Lunatic asylums Madras 1892-1911 - 1892-1911
Year: 1892
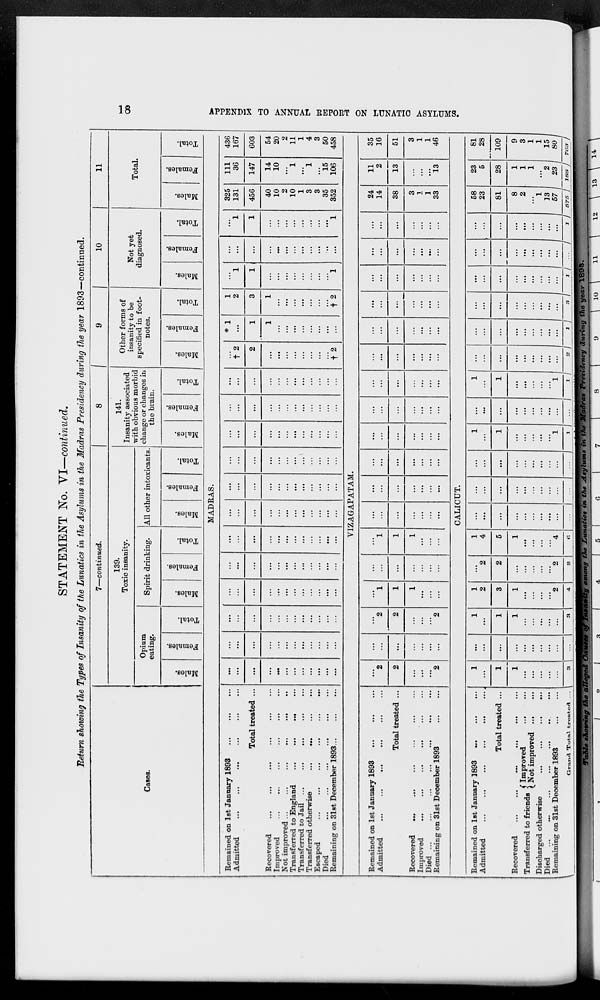
18
APPENDIX TO ANNUAL REPORT ON LUNATIC ASYLUMS.
STATEMENT No. VI—continued.
Return showing the Types of Insanity of the Lunatics in the Asylums in the Madras Presidency during the year 1893—continued.
Cases.
7—continued.
139.
Toxic insanity.
Opium
eating.
Males.
Females.
Total.
Spirit drinking.
Males.
Females.
Total.
All other intoxicants
Males.
Females.
Total.
8
141.
Insanity associated
with obvious morbid
change or changes in
the brain.
Males.
Females.
Total.
9
Other forms of
insanity to be
specified in foot-
notes.
Males.
Females.
Total.
10
Not yet
diagnosed.
Males.
Females.
Total.
11
Total.
Males.
Females.
Total.
MADRAS.
Remained on 1st January 1893
...
...
...
Admitted ... ... ... ... ... ...
Total treated ...
Recovered ... ... ... ... ... ...
Improved ... ... ... ... ... ...
Not improved ... ... ... ... ... ...
Transferred to England ... ... ... ...
Transferred to Jail ... ... ... ... ...
Transferred otherwise
...
...
...
...
Escaped
...
...
...
...
...
...
Died ... ... ... ... ... ...
Remaining on 31st December 1893
...
...
...
...
...
...
...
...
...
...
...
...
...
...
...
...
...
...
...
...
...
...
...
...
...
...
...
...
...
...
...
...
...
...
...
...
...
...
...
...
...
...
...
...
...
...
...
...
...
...
...
...
...
...
...
...
...
...
...
...
...
...
...
...
...
...
...
...
...
...
...
...
...
...
...
...
...
...
...
...
...
...
...
...
...
...
...
...
...
...
...
...
...
...
...
...
...
...
...
...
...
...
...
...
...
...
...
...
...
...
...
...
...
...
...
...
...
...
...
...
...
...
...
...
...
...
...
...
...
...
...
...
...
...
...
...
...
...
...
...
...
...
...
...
...
...
...
...
† 2
2
...
...
...
...
...
...
...
...
† 2
* 1
...
1
1
...
...
...
...
...
...
...
...
1
2
3
1
...
...
...
...
...
...
...
† 2
...
1
1
...
...
...
...
...
...
...
...
1
...
...
...
...
...
...
...
...
...
...
...
...
...
1
1
...
...
...
...
...
...
...
...
1
325
131
456
40
10
2
10
1
3
3
35
352
111
36
147
14
10
...
1
...
1
...
15
106
436
167
603
54
20
2
11
1
4
3
50
458
VIZAGAPATAM.
Remained on 1st January 1893
...
...
...
Admitted ... ... ... ... ... ...
Total treated ...
Recovered
...
...
...
...
...
...
Improved ... ... ... ... ... ...
Died ... ... ... ... ... ... ...
Remaining on 31st December 1893
...
...
...
2
2
...
...
...
2
...
...
...
...
...
...
...
...
2
2
...
...
...
2
...
1
1
1
...
...
...
...
...
...
...
...
...
...
...
1
1
1
...
...
...
...
...
...
...
...
...
...
...
...
...
...
...
...
...
...
...
...
...
...
...
...
...
...
...
...
...
...
...
...
...
...
...
...
...
...
...
...
...
...
...
...
...
...
...
...
...
...
...
...
...
...
...
...
...
...
...
...
...
...
...
...
...
...
...
...
...
...
...
...
...
...
...
...
...
...
...
...
...
...
...
...
...
...
...
24
14
38
3
1
1
33
11
2
13
...
...
...
13
35
16
51
3
1
1
46
CALICUT.
Remained on 1st January 1893 ... ... ...
Admitted
...
...
...
...
...
...
Total treated ...
Recovered
...
...
...
...
...
...
Transferred to friends Improved
...
...
Not improved
...
...
Discharged otherwise
...
...
...
...
Died
...
...
...
...
...
...
Remaining on 31st December 1893 ... ...
Grand Total treated ...
1
...
1
1
...
...
...
...
...
3
...
...
...
...
...
...
...
...
...
...
1
...
1
1
...
...
...
...
...
3
1
2
3
1
...
...
...
...
2
4
...
2
2
...
...
...
...
...
2
2
1
4
5
1
...
...
...
...
4
6
...
...
...
...
...
...
...
...
...
...
...
...
...
...
...
...
...
...
...
...
...
...
...
...
...
...
...
...
...
...
1
...
1
...
...
...
...
...
1
1
...
...
...
...
...
...
...
...
...
...
1
...
1
...
...
...
...
...
1
1
...
...
...
...
...
...
...
...
...
2
...
...
...
...
...
...
...
...
...
1
...
...
...
...
...
...
...
...
...
3
...
...
...
...
...
...
...
...
...
1
...
...
...
...
...
...
...
...
...
...
...
...
...
...
...
...
...
...
...
1
58
23
81
8
2
...
1
13
57
575
23
5
28
1
1
1
...
2
23
188
81
28
109
9
3
1
1
15
80
763